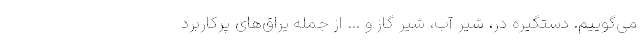
می‌گوییم. دستگیره در، شیر آب، شیر گاز و … از جمله یراق‌های پرکاربرد